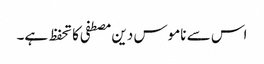
اس سے ناموس دین مصطفی کا تحفظ ہے۔